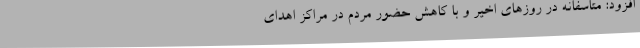
افزود: متاسفانه در روزهای اخیر و با کاهش حضور مردم در مراکز اهدای